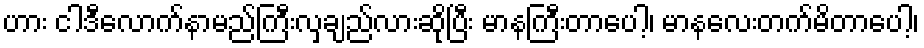
ဟား ငါဒီလောက်နာမည်ကြီးလှချည်လားဆိုပြီး မာနကြီးတာပေါ့၊ မာနလေးတက်မိတာပေါ့၊